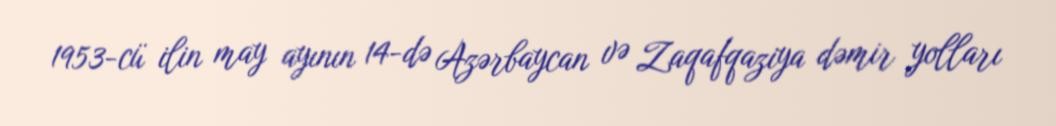
1953-cü ilin may ayının 14-də Azərbaycan və Zaqafqaziya dəmir yolları